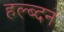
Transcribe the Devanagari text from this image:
हल्ब्दन